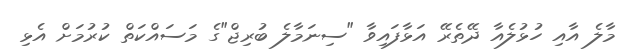
މާލެ އާއި ހުޅުލެއާ ދޭތެރޭ އަޅާފައިވާ "ސިނަމާލެ ބުރިޖް"ގެ މަސައްކަތް ކުރުމަށް އެޅި